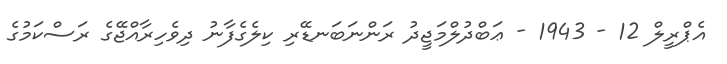
އެޕްރީލް 12 - 1943 - ޢަބްދުލްމަޖީދު ރަންނަބަނޑޭރި ކިލެގެފާނު ދިވެހިރާއްޖޭގެ ރަސްކަމުގެ